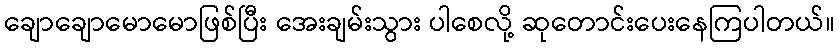
ချောချောမောမောဖြစ်ပြီး အေးချမ်းသွား ပါစေလို့ ဆုတောင်းပေးနေကြပါတယ်။